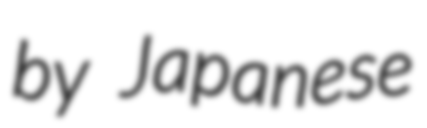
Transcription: by Japanese